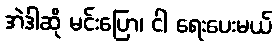
အဲဒါဆို မင်းပြော၊ ငါ ရေးပေးမယ်